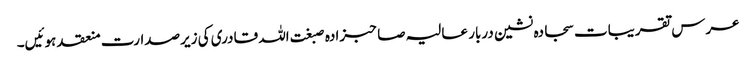
عرس تقریبات سجادہ نشین دربار عالیہ صاحبزادہ صبغت اللہ قادری کی زیرصدارت منعقد ہوئیں۔